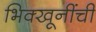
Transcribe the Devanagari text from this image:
भिक्खूनींची